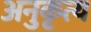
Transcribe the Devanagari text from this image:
अनुकृत्य